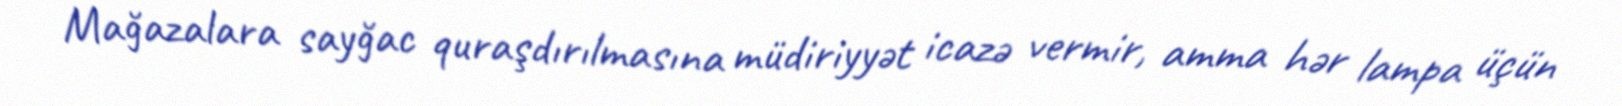
Mağazalara sayğac quraşdırılmasına müdiriyyət icazə vermir, amma hər lampa üçün